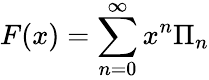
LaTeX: F(x)=\sum_{n=0}^{\infty}x^{n}\Pi_{n}